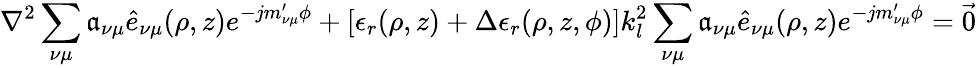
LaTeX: \nabla^{2}\sum_{\nu\mu}\mathfrak{a}_{\nu\mu}\hat{{e}}_{\nu\mu}(\rho,z)e^{-jm_{\nu\mu}^{\prime}\phi}+[\epsilon_{r}(\rho,z)+\Delta\epsilon_{r}(\rho,z,\phi)]k_{l}^{2}\sum_{\nu\mu}\mathfrak{a}_{\nu\mu}\hat{{e}}_{\nu\mu}(\rho,z)e^{-jm_{\nu\mu}^{\prime}\phi}={\vec{{0}}}